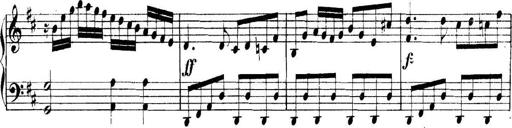
Title: Collected Piano Sonatas
Composer: Muzio Clementi